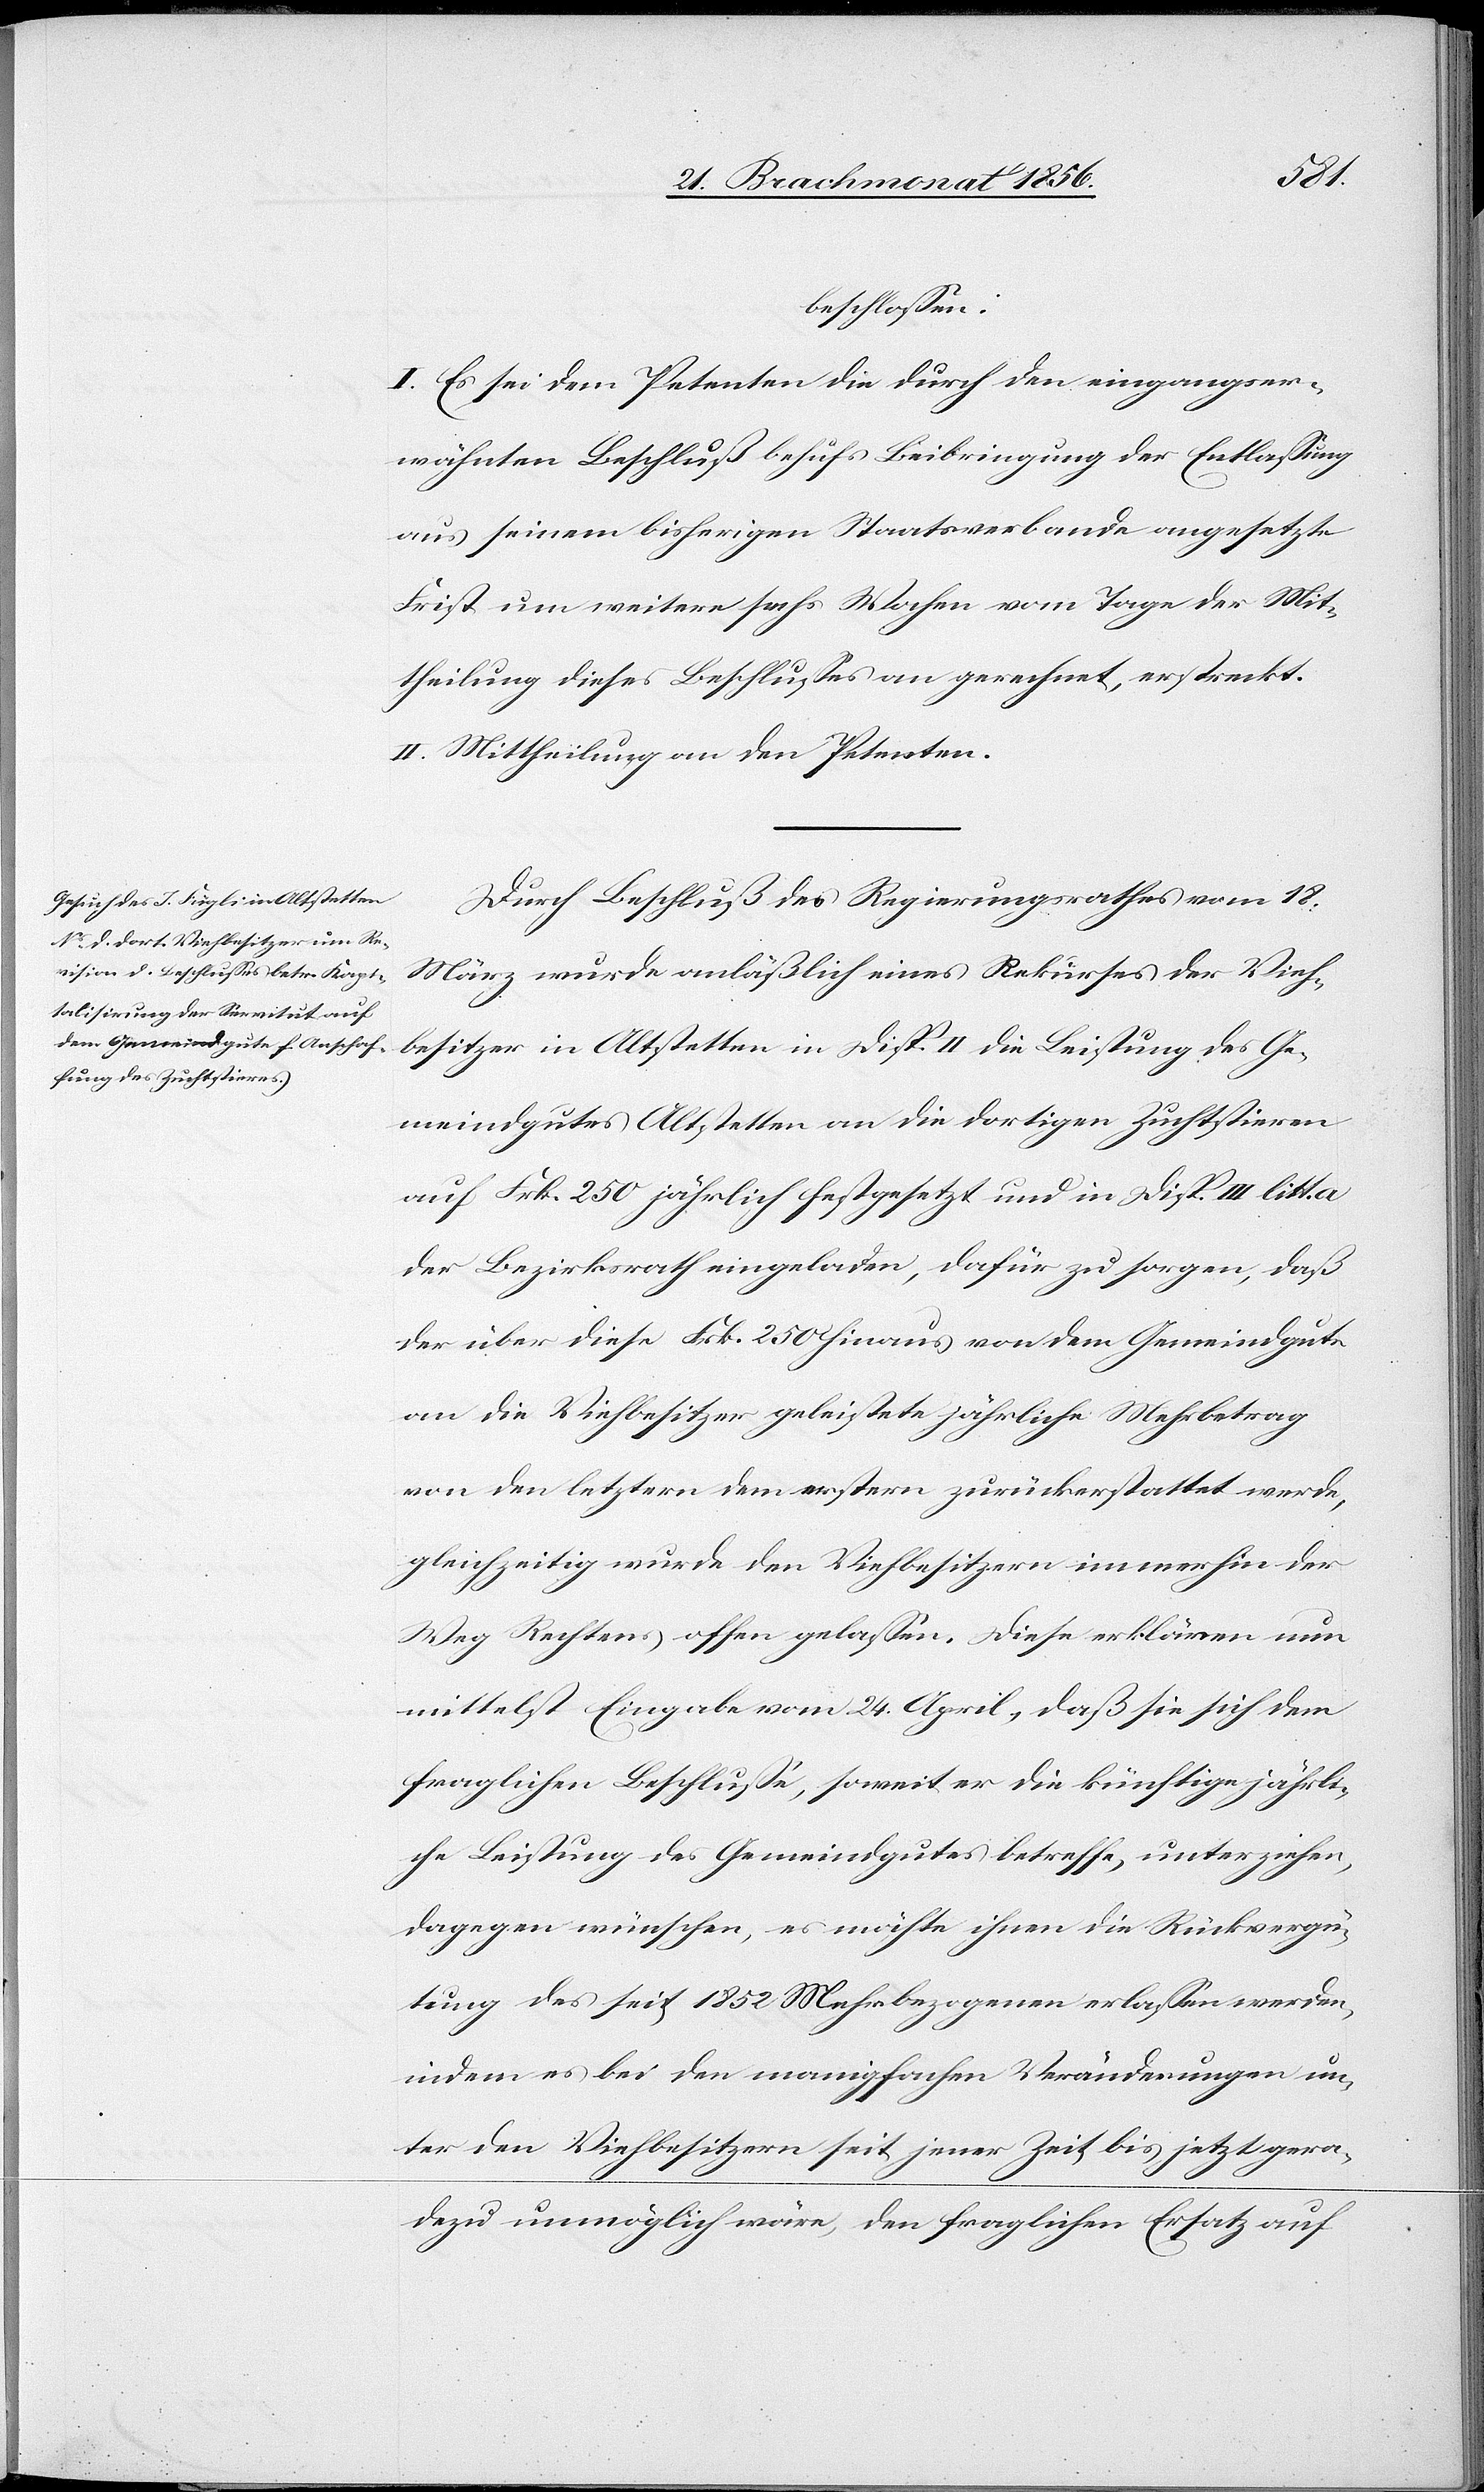
beschlossen:
I. Es sei dem Petenten die durch den eingangser¬
wähnten Beschluß behufs Beibringung der Entlassung
aus seinem bisherigen Staatsverbande angesetzte
Frist um weitere sechs Wochen vom Tage der Mit¬
theilung dieses Beschlusses an gerechnet, erstreckt.
II. Mittheilung an den Petenten.
Durch Beschluß des Regierungsrathes vom 18.
März wurde anläßlich eines Rekurses der Vieh¬
besitzer in Altstetten in Disp. II die Leistung des Ge¬
meindgutes Altstetten an die dortigen Zuchtstieren
auf Frk. 250 jährlich festgesetzt und in Disp. III litt.
der Bezirksrath eingeladen, dafür zu sorgen, daß
der über diese Frk. 250 hinaus von dem Gemeindgute
an die Viehbesitzer geleistete jährliche Mehrbetrag
von den letztern dem erstern zurückerstattet werde,
gleichzeitig wurde den Viehbesitzern immerhin der
Weg Rechtens offen gelassen. Diese erklären nun
mittelst Eingabe vom 24. April, daß sie sich dem
fraglichen Beschlusse, soweit er die künftige jährli¬
che Leistung des Gemeindgutes betreffe, unterziehen,
dagegen wünschen, es möchte ihnen die Rückvergü¬
tung des seit 1852 Mehrbezogenen erlassen werden,
indem es bei den manigfachen Veränderungen un¬
ter den Viehbesitzern seit jener Zeit bis jetzt gera¬
dezu unmöglich wäre, den fraglichen Ersatz auf